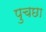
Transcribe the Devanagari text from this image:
पुचछा